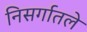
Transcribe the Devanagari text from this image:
निसर्गातले